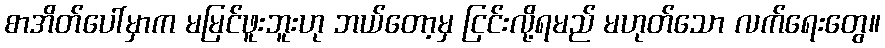
စာအိတ်ပေါ်မှာက မမြင်ဖူးဘူးဟု ဘယ်တော့မှ ငြင်းလို့ရမည် မဟုတ်သော လက်ရေးတွေ။